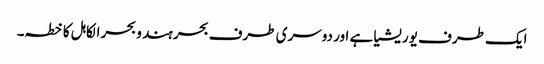
ایک طرف یوریشیا ہے اور دوسری طرف بحر ہند و بحرالکاہل کا خطہ۔